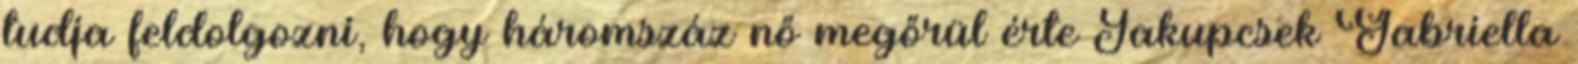
tudja feldolgozni, hogy háromszáz nő megőrül érte Jakupcsek Gabriella